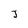
Character: J